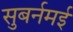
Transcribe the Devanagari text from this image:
सुबर्नमई